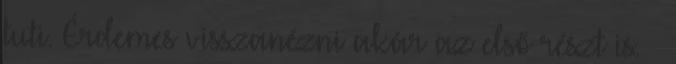
tuti. Érdemes visszanézni akár az első részt is. –